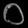
Digit: ၀